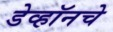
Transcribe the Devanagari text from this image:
डेव्हॉनचे